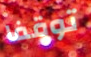
توقفا